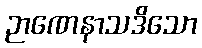
ဉာဏေနာသဒိသော